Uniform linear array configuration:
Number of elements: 4
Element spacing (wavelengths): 0.75
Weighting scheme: blackman
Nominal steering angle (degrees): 30
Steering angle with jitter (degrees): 28.286
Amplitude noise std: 0.05
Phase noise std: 0.05

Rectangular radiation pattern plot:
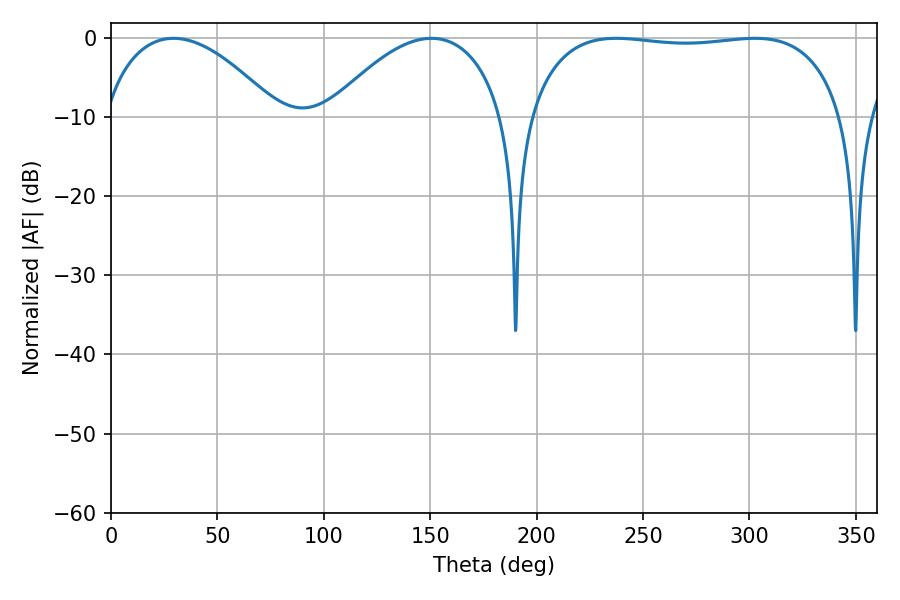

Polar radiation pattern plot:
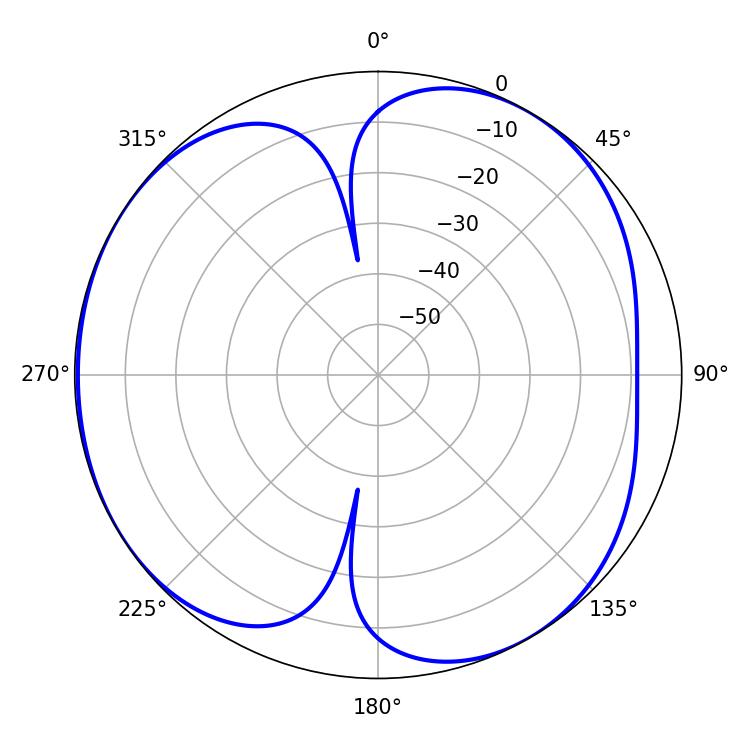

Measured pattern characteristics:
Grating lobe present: TRUE
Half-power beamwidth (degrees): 118.44
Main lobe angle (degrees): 302.58